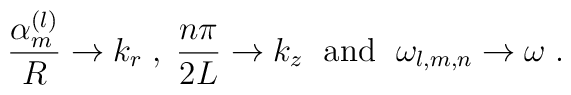
\frac{\alpha_m^{(l)}}R\to k_r \; , \; \frac{n\pi}{2L}\to k_z \; \mbox{ and } \; \omega_{l,m,n}\to\omega \; .